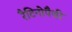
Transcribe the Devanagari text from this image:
रैटिनोपैथी